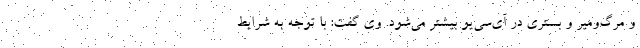
و مرگ‌ومیر و بستری در آی‌سی‌یو بیشتر می‌شود. وی گفت: با توجه به شرایط